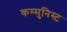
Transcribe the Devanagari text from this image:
कम्मुनिस्ट